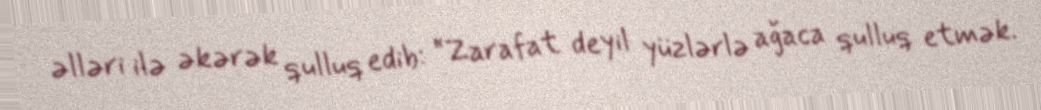
əlləri ilə əkərək qulluq edib: “Zarafat deyil yüzlərlə ağaca qulluq etmək.